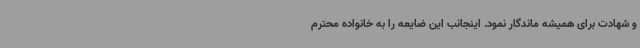
و شهادت برای همیشه ماندگار نمود. اینجانب این ضایعه را به خانواده محترم